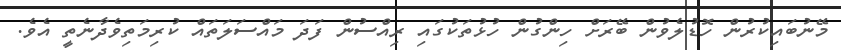
މޭނުބައިކުރުން ހޮޑުލެވުން ބޭރަށް ހިންގުން ހުޅުތަކުގައި ރިއްސުން ފަދަ މައްސަލަތައް ކުރިމަތިވެދާނެތީ އެވެ.